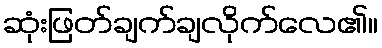
ဆုံးဖြတ်ချက်ချလိုက်လေ၏။